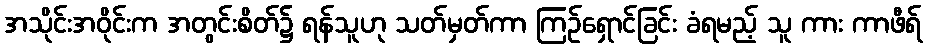
အသိုင်းအဝိုင်းက အတွင်းစိတ်၌ ရန်သူဟု သတ်မှတ်ကာ ကြဉ်ရှောင်ခြင်း ခံရမည့် သူ ကား ကာဖီရ်